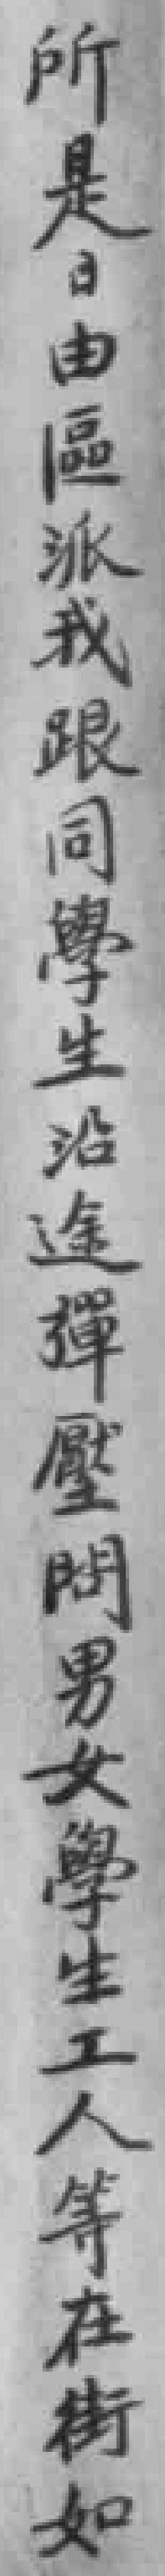
所是日由區派我跟同學生沿途彈壓問男女學生工人等在街如